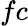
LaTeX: fc